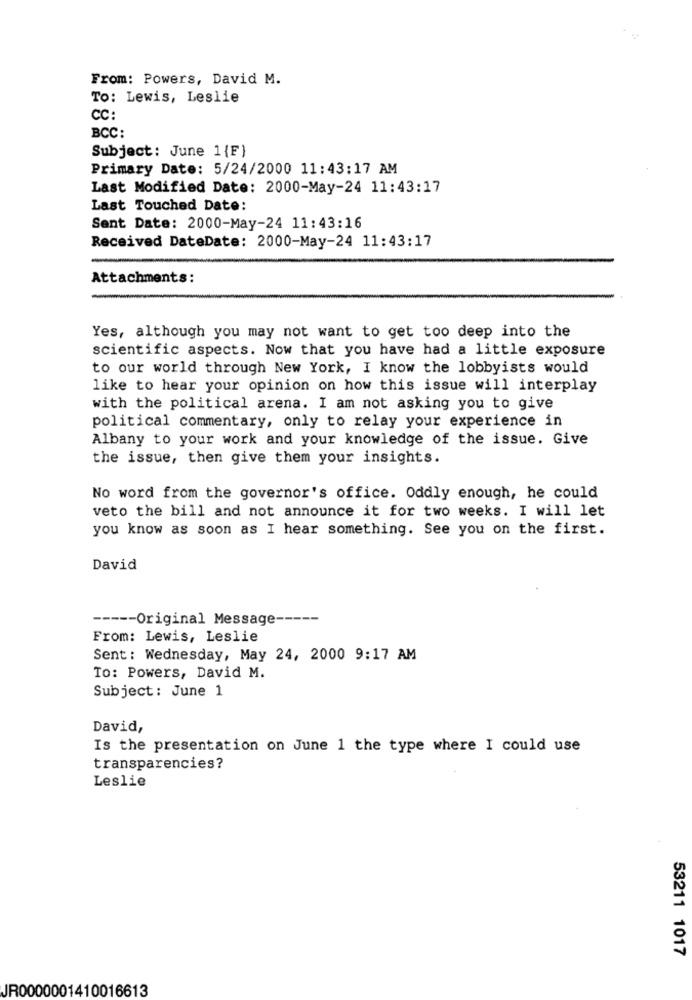
From: Powers, David M.
To: Lewis, Leslie
CC:
BCC:
Subject: June 1{F)
Primary Date: 5/24/2000 11:43:17 AM
Last Modified Date: 2000-May-24 11:43:17
Last Touched Date:
Sent Date: 2000-May-24 11:43:16
Received DateDate: 2000-May-24 11:43:17
Attachments:
Yes, although you may not want to get too deep into the
scientific aspects. Now that you have had a little exposure
to our world through New York, I know the lobbyists would
like to hear your opinion on how this issue will interplay
with the political arena. I am not asking you to give
political commentary, only to relay your experience in
Albany to your work and your knowledge of the issue. Give
the issue, then give them your insights.
No word from the governor's office. Oddly enough, he could
veto the bill and not announce it for two weeks. I will let
you know as soon as I hear something. See you on the first.
David
----- Original Message -----
From: Lewis, Leslie
Sent: Wednesday, May 24, 2000 9:17 AM
To: Powers, David M.
Subject : June 1
David,
Is the presentation on June 1 the type where I could use
transparencies?
Leslie
53211 1017
JR0000001410016613